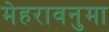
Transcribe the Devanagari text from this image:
मेहरावनुमा